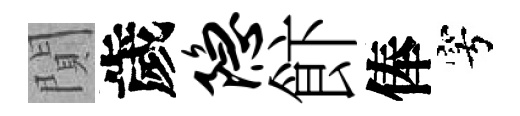
閴歲隐飰俸穹